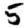
Digit: 5